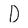
Character: D